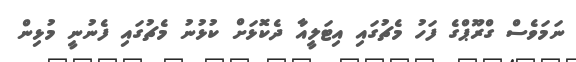
ނަމަވެސް ގްރޫޕްގެ ފަހު މެޗުގައި އިޓަލީއާ ދެކޮޅަށް ކުޅުނު މެޗުގައި ފެނުނީ މުޅިން